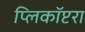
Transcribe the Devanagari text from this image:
प्लिकॉप्टरा